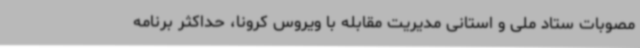
مصوبات ستاد ملی و استانی مدیریت مقابله با ویروس کرونا، حداکثر برنامه